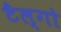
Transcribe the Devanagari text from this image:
टैल्गो